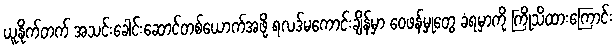
ယူနိုက်တက် အသင်းခေါင်းဆောင်တစ်ယောက်အဖို့ ရလဒ်မကောင်းချိန်မှာ ဝေဖန်မှုတွေ ခံရမှာကို ကြိုသိထားကြောင်း